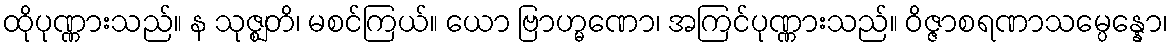
ထိုပုဏ္ဏားသည်။ န သုဇ္ဈတိ၊ မစင်ကြယ်။ ယော ဗြာဟ္မဏော၊ အကြင်ပုဏ္ဏားသည်။ ဝိဇ္ဇာစရဏာသမ္ပေန္နော၊